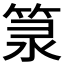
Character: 𥭼